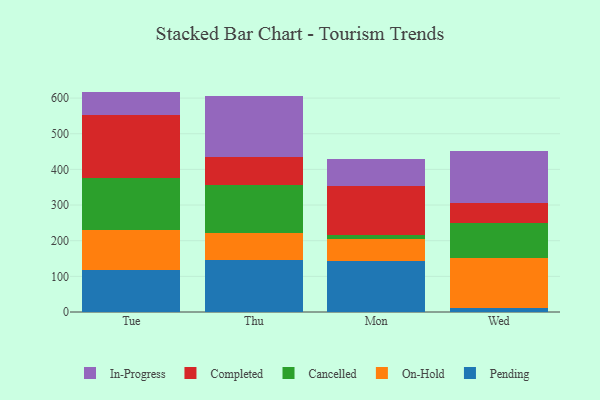
{"axis": {"x": "Day", "y": "Conversion Rate (%)"}, "legend": ["Cancelled", "Completed", "In-Progress", "On-Hold", "Pending"], "data": [{"x": "Tue", "y": 116.5, "type": "Pending"}, {"x": "Tue", "y": 113.4, "type": "On-Hold"}, {"x": "Tue", "y": 147.2, "type": "Cancelled"}, {"x": "Tue", "y": 176.8, "type": "Completed"}, {"x": "Tue", "y": 64.3, "type": "In-Progress"}, {"x": "Thu", "y": 145.2, "type": "Pending"}, {"x": "Thu", "y": 76.5, "type": "On-Hold"}, {"x": "Thu", "y": 133.5, "type": "Cancelled"}, {"x": "Thu", "y": 78.6, "type": "Completed"}, {"x": "Thu", "y": 171.8, "type": "In-Progress"}, {"x": "Mon", "y": 144.0, "type": "Pending"}, {"x": "Mon", "y": 61.3, "type": "On-Hold"}, {"x": "Mon", "y": 10.9, "type": "Cancelled"}, {"x": "Mon", "y": 138.1, "type": "Completed"}, {"x": "Mon", "y": 73.7, "type": "In-Progress"}, {"x": "Wed", "y": 10.3, "type": "Pending"}, {"x": "Wed", "y": 141.5, "type": "On-Hold"}, {"x": "Wed", "y": 97.9, "type": "Cancelled"}, {"x": "Wed", "y": 55.6, "type": "Completed"}, {"x": "Wed", "y": 147.0, "type": "In-Progress"}]}